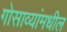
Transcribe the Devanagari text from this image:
गोसाव्यांमधील